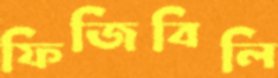
ফিজিবিলি